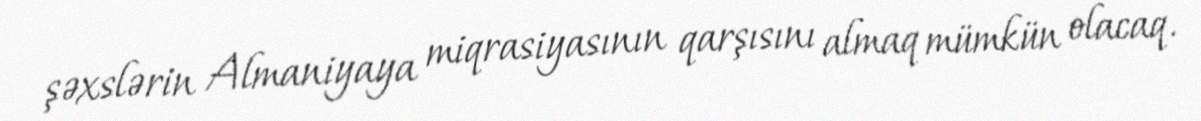
şəxslərin Almaniyaya miqrasiyasının qarşısını almaq mümkün olacaq.